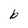
Character: b